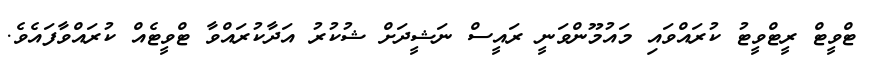
ޓްވީޓް ރީޓްވީޓު ކުރައްވައި މައުމޫންވަނީ ރައީސް ނަޝީދަށް ޝުކުރު އަދާކުރައްވާ ޓްވީޓެއް ކުރައްވާފައެވެ.